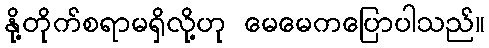
နို့တိုက်စရာမရှိလို့ဟု မေမေကပြောပါသည်။